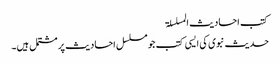
کتب احادیث المسلسلۃ
حدیث نبوی کی ایسی کتب جو مسلسل احادیث پر مشتمل ہیں۔